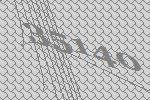
35140